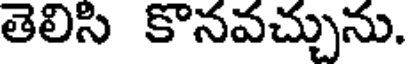
తెలిసి కొనవచ్చును.